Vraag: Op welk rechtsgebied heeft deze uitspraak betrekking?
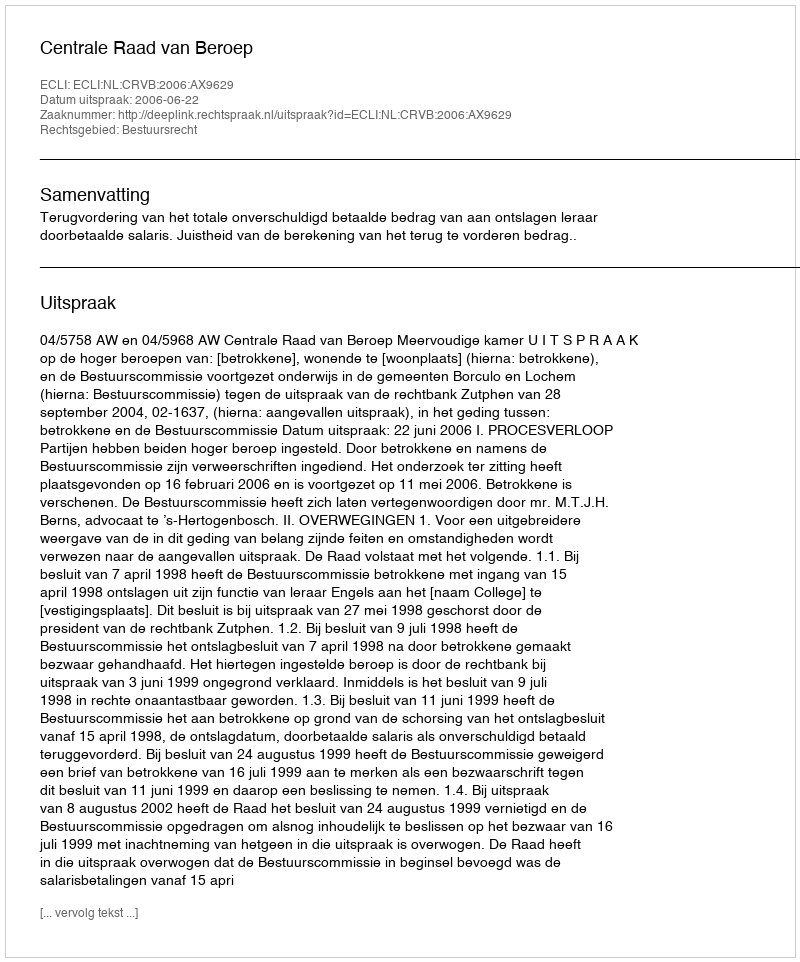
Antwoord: Bestuursrecht